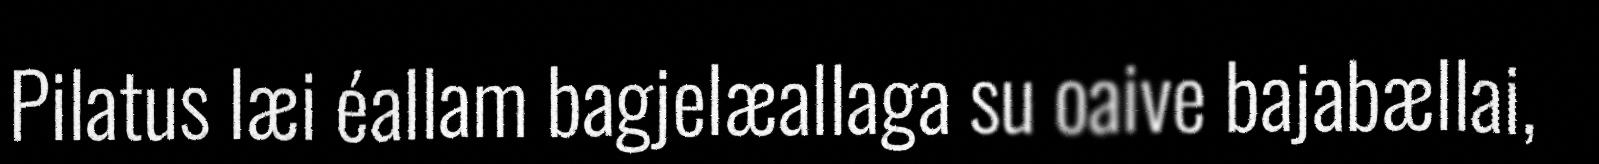
Pilatus læi éallam bagjelæallaga su oaive bajabællai,